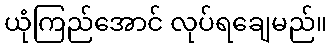
ယုံကြည်အောင် လုပ်ရချေမည်။